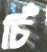
চিঁ